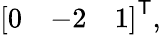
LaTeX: {\left[\begin{array}{lll}{0}&{-2}&{1}\end{array}\right]}^{\textsf{T}},